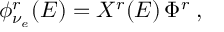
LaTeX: \phi _ { \nu _ { e } } ^ { r } ( E ) = X ^ { r } ( E ) \, \Phi ^ { r } \; ,